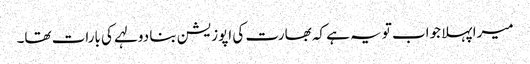
میرا پہلا جواب تو یہ ہے کہ بھارت کی اپوزیشن بنا دولہے کی بارات تھا۔